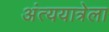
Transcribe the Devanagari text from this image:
अंत्ययात्रेला